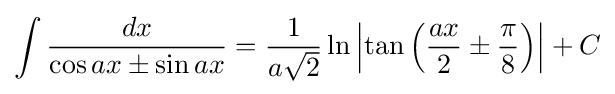
\int {\frac {dx}{\cos ax\pm \sin ax}}={\frac {1}{a{\sqrt {2}}}}\ln \left|\tan \left({\frac {ax}{2}}\pm {\frac {\pi }{8}}\right)\right|+C